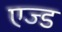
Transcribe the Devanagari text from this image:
एज्ड